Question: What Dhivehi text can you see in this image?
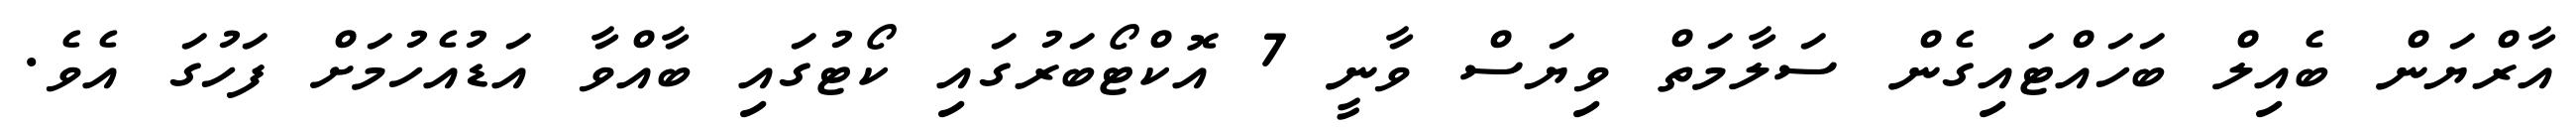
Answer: އާރްޔަން ބެއިލް ބަހައްޓައިގެން ސަލާމަތް ވިޔަސް ވާނީ 7 އޮކްޓޯބަރުގައި ކޯޓުގައި ބާއްވާ އަޑުއެހުމަށް ފަހުގަ އެވެ.